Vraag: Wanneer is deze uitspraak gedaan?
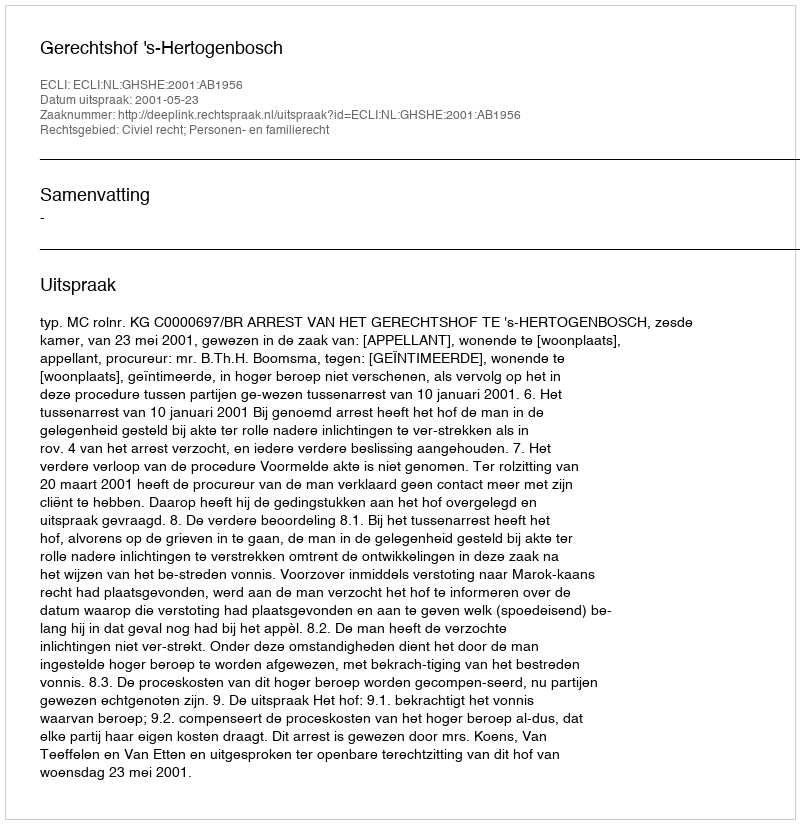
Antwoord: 2001-05-23